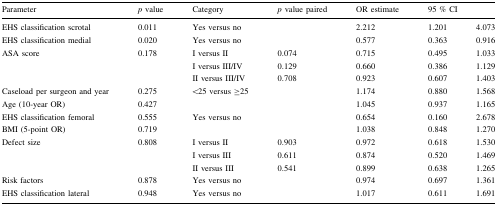
<table><thead><tr><td><b>Parameter</b></td><td><b><i>p</i> value</b></td><td><b>Category</b></td><td><b><i>p</i> value paired</b></td><td><b>OR estimate</b></td><td colspan="2"><b>95 % CI</b></td></tr></thead><tbody><tr><td>EHS classification scrotal</td><td>0.011</td><td>Yes versus no</td><td></td><td>2.212</td><td>1.201</td><td>4.073</td></tr><tr><td>EHS classification medial</td><td>0.020</td><td>Yes versus no</td><td></td><td>0.577</td><td>0.363</td><td>0.916</td></tr><tr><td>ASA score</td><td>0.178</td><td>I versus II</td><td>0.074</td><td>0.715</td><td>0.495</td><td>1.033</td></tr><tr><td></td><td></td><td>I versus III/IV</td><td>0.129</td><td>0.660</td><td>0.386</td><td>1.129</td></tr><tr><td></td><td></td><td>II versus III/IV</td><td>0.708</td><td>0.923</td><td>0.607</td><td>1.403</td></tr><tr><td>Caseload per surgeon and year</td><td>0.275</td><td>&lt;25 versus ≥25</td><td></td><td>1.174</td><td>0.880</td><td>1.568</td></tr><tr><td>Age (10-year OR)</td><td>0.427</td><td></td><td></td><td>1.045</td><td>0.937</td><td>1.165</td></tr><tr><td>EHS classification femoral</td><td>0.555</td><td>Yes versus no</td><td></td><td>0.654</td><td>0.160</td><td>2.678</td></tr><tr><td>BMI (5-point OR)</td><td>0.719</td><td></td><td></td><td>1.038</td><td>0.848</td><td>1.270</td></tr><tr><td>Defect size</td><td>0.808</td><td>I versus II</td><td>0.903</td><td>0.972</td><td>0.618</td><td>1.530</td></tr><tr><td></td><td></td><td>I versus III</td><td>0.611</td><td>0.874</td><td>0.520</td><td>1.469</td></tr><tr><td></td><td></td><td>II versus III</td><td>0.541</td><td>0.899</td><td>0.638</td><td>1.265</td></tr><tr><td>Risk factors</td><td>0.878</td><td>Yes versus no</td><td></td><td>0.974</td><td>0.697</td><td>1.361</td></tr><tr><td>EHS classification lateral</td><td>0.948</td><td>Yes versus no</td><td></td><td>1.017</td><td>0.611</td><td>1.691</td></tr></tbody></table>